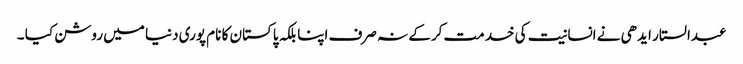
عبدالستار ایدھی نے انسانیت کی خدمت کرکے نہ صرف اپنا بلکہ پاکستان کا نام پوری دنیا میں روشن کیا ۔